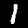
Digit: 1